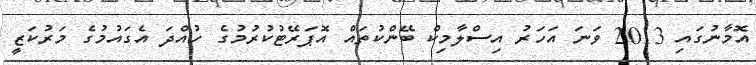
އޮމާނުގައި 2013 ވަނަ އަހަރު އިސްލާމިކް ބޭންކުތައް އޮޕަރޭޓުކުރުމުގެ ހުއްދަ އެގައުމުގެ މަރުކަޒީ